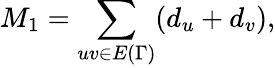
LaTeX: M_{1}=\sum_{uv\in E{(\Gamma)}}(d_{u}+d_{v}),